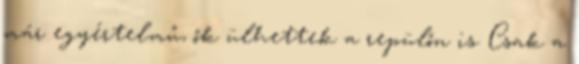
már egyértelmű, ők ülhettek a repülőn is. Csak a